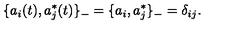
\{ a _ { i } ( t ) , a _ { j } ^ { * } ( t ) \} _ { - } = \{ a _ { i } , a _ { j } ^ { * } \} _ { - } = \delta _ { i j } .